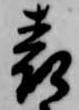
表